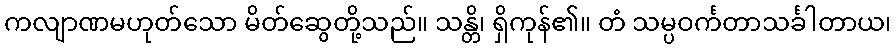
ကလျာဏမဟုတ်သော မိတ်ဆွေတို့သည်။ သန္တိ၊ ရှိကုန်၏။ တံ သမ္ပဝင်္ကတာသင်္ခါတာယ၊